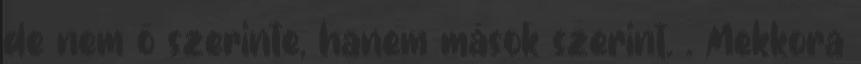
de nem ő szerinte, hanem mások szerint. . Mekkora